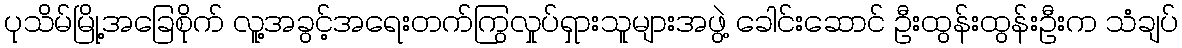
ပုသိမ်မြို့အခြေစိုက် လူ့အခွင့်အရေးတက်ကြွလှုပ်ရှားသူများအဖွဲ့ ခေါင်းဆောင် ဦးထွန်းထွန်းဦးက သံချပ်